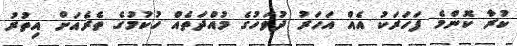
ކުރާ ކޮންމެ ފަހަރަކު އެއް އަހަރު ދުވަހުގެ މުއްދަތެއް ހުކުމުގެ ތެރެއަށް އިތުރު